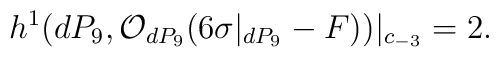
h^{1} (dP_9, {\cal O}_{dP_9} (6 \sigma|_{dP_9} -F))|_{c_{-3}} =2.